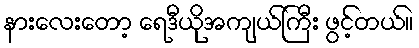
နားလေးတော့ ရေဒီယိုအကျယ်ကြီး ဖွင့်တယ်။